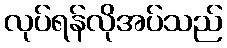
လုပ်ရန်လိုအပ်သည်